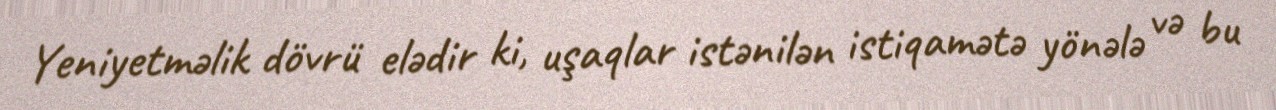
Yeniyetməlik dövrü elədir ki, uşaqlar istənilən istiqamətə yönələ və bu